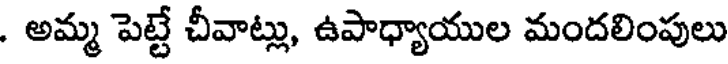
. అమ్మ పెట్టే చీవాట్లు, ఉపాధ్యాయుల మందలింపులు